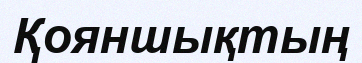
Қояншықтың